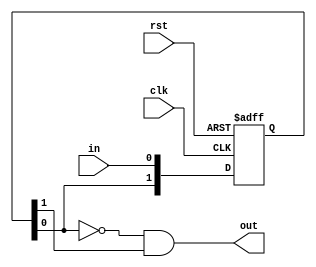
`timescale 1ns / 1ps
//////////////////////////////////////////////////////////////////////////////////
// Company: 
// Engineer: 
// 
// Design Name: 
// Module Name: AfterPulseGenerator
// Project Name: 
// Target Devices: 
// Tool Versions: 
// Description: 
// 
// Dependencies: 
// 
// Revision:
// Revision 0.01 - File Created
// Additional Comments:
// 
//////////////////////////////////////////////////////////////////////////////////


module AfterPulseGenerator(
    input wire rst,
    input wire clk,
    input wire in,
    output wire out
    );
    
    //-----------------------------------------------------------------------------------
    //  Genvars
    //-----------------------------------------------------------------------------------
    genvar i;
    //-----------------------------------------------------------------------------------
	
    //-----------------------------------------------------------------------------------
    //   Wires
    //-----------------------------------------------------------------------------------
    reg [1:0] in_delayed;

    //-----------------------------------------------------------------------------------

    //-----------------------------------------------------------------------------------
    //   Assigns
    //-----------------------------------------------------------------------------------
    assign out = ~in_delayed[0] & in_delayed[1];

    //-----------------------------------------------------------------------------------

    //-----------------------------------------------------------------------------------
    //    Flops
    //-----------------------------------------------------------------------------------
    always @(posedge clk or posedge rst) begin
        if (rst) begin
            in_delayed[0] <= 1'b0;
            in_delayed[1] <= 1'b0;
        end else begin
            in_delayed[0] <= in;
            in_delayed[1] <= in_delayed[0];
        end
    end

    
    
endmodule